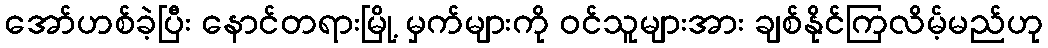
အော်ဟစ်ခဲ့ပြီး နောင်တရားမြို့ မှက်များကို ဝင်သူများအား ချစ်နိုင်ကြလိမ့်မည်ဟု